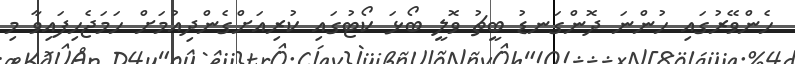
ހެންވޭރުގައި ހުންނަ ދޮންގަނޑު ބީޗު ވޮލީ ބޯޅަ ކޯޓުގައި ކުރިއަށްގެންދިއުމަށް ހަމަޖެހިފައިވާ މި